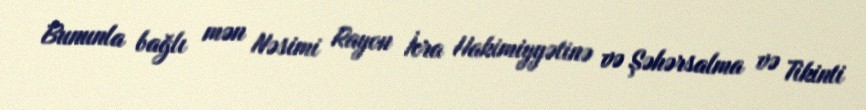
Bununla bağlı mən Nəsimi Rayon İcra Hakimiyyətinə və Şəhərsalma və Tikinti